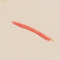
١